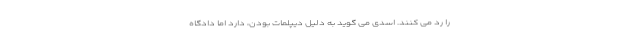
را رد می کنند. اسدی می گوید به دلیل دیپلمات بودن، دارد اما دادگاه